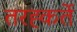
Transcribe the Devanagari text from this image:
तरह्कर्ते